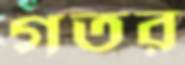
গতর